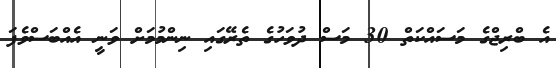
އެ ބްރިޖްގެ މަސައްކަތް 30 މަސް ދުވަހުގެ ތެރޭގައި ނިންމުމަށް ވަނީ އެއްބަސްވެފަ